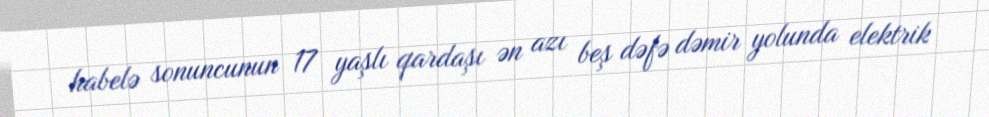
habelə sonuncunun 17 yaşlı qardaşı ən azı beş dəfə dəmir yolunda elektrik